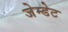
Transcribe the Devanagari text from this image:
जेम्डेट